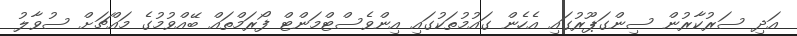
އަދި ސަރުކާރުން ސިންގަޕޫރުގައި އެހެން ގައުމުތަކުގައި އިންވެސްޓްމަންޓް ފޯރަމްތައް ބޭއްވުމުގެ މައްޗަށް ސުވާލު